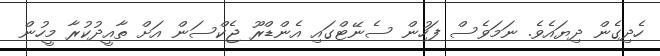
ހެދިގެން ދިޔައެވެ. ނަމަވެސް ފަހުން ސެނޭޓްގައި އެންޑްރޫ ޖެކްސަން އަށް ތާއީދުކުރާ މީހުން